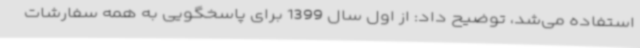
استفاده می‌شد، توضیح داد: از اول سال 1399 برای پاسخگویی به همه سفارشات